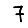
Digit: 7